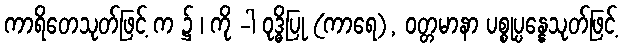
ကာရိတေသုတ်ဖြင့် က ၌ ၊ ကို -ါ ဝုဒ္ဓိပြု (ကာရေ), ဝတ္တမာနာ ပစ္စုပ္ပန္နေသုတ်ဖြင့်